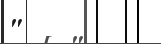
"